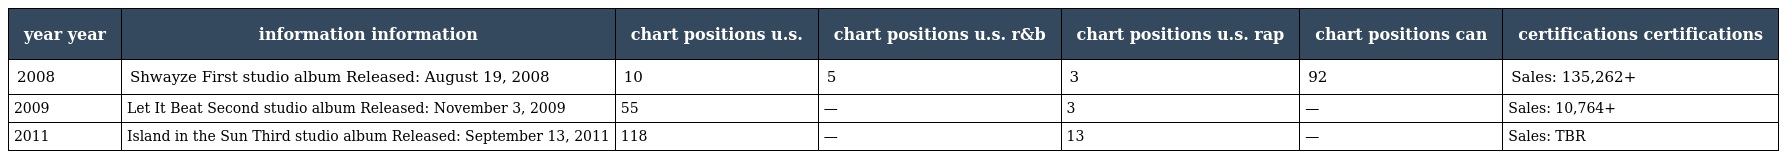
| year year | information information | chart positions u.s. | chart positions u.s. r&b | chart positions u.s. rap | chart positions can | certifications certifications |
 | --- | --- | --- | --- | --- | --- | --- |
 | 2008 | Shwayze First studio album Released: August 19, 2008 | 10 | 5 | 3 | 92 | Sales: 135,262+ |
 | 2009 | Let It Beat Second studio album Released: November 3, 2009 | 55 | — | 3 | — | Sales: 10,764+ |
 | 2011 | Island in the Sun Third studio album Released: September 13, 2011 | 118 | — | 13 | — | Sales: TBR |